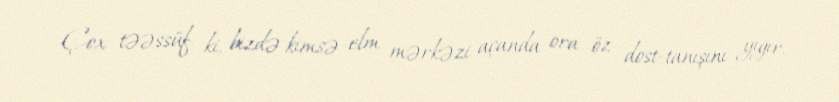
Çox təəssüf ki, bizdə kimsə elm mərkəzi açanda ora öz dost-tanışını yığır,